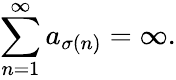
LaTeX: \sum_{n=1}^{\infty}a_{\sigma(n)}=\infty.